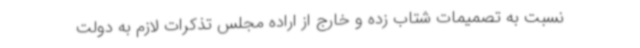
نسبت به تصمیمات شتاب زده و خارج از اراده مجلس تذکرات لازم به دولت